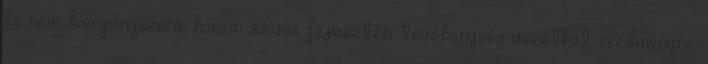
és nem kampányszerû, hanem szívós fejlesztési tevékenység vezethet eredményre.